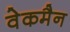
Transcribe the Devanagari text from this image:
वेकमैन